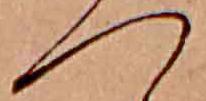
つ